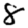
Digit: 8